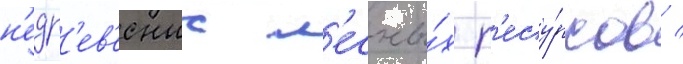
н'едр'ев'есных л'есны́х р'есу́рсов /